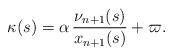
LaTeX: \begin{align*}\kappa(s)=\alpha\,\frac{\nu_{n+1}(s)}{x_{n+1}(s)}+\varpi.\end{align*}